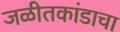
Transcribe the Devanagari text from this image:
जळीतकांडाचा